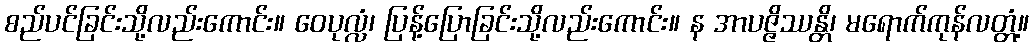
စည်ပင်ခြင်းသို့လည်းကောင်း။ ဝေပုလ္လံ၊ ပြန့်ပြောခြင်းသို့လည်းကောင်း။ န အာပဇ္ဇိဿန္တိ၊ မရောက်ကုန်လတ္တံ့။